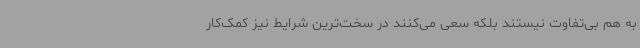
به هم بی‌تفاوت نیستند بلکه سعی می‌کنند در سخت‌ترین شرایط نیز کمک‌کار